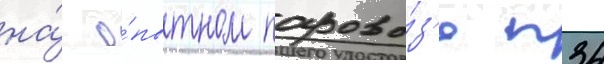
на́ о́пытном парово́з'е п34